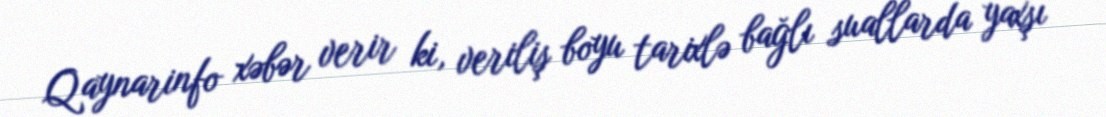
Qaynarinfo xəbər verir ki, veriliş boyu tarixlə bağlı suallarda yaxşı